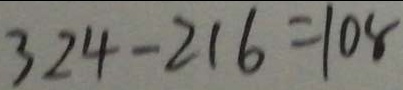
3 2 4 - 2 1 6 = 1 0 8